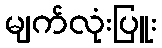
မျက်လုံးပြူး